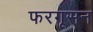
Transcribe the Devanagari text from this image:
फरगूसन